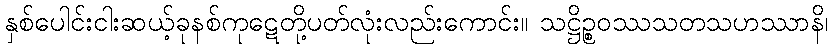
နှစ်ပေါင်းငါးဆယ့်ခုနစ်ကုဋေတို့ပတ်လုံးလည်းကောင်း။ သဋ္ဌိဉ္စဝဿသတသဟဿာနိ၊